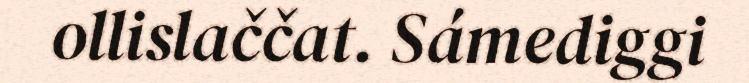
ollislaččat. Sámediggi